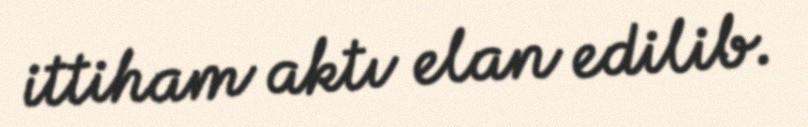
ittiham aktı elan edilib.